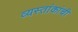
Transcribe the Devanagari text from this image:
व्यस्तांकांची